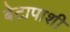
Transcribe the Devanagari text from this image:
बेटापाशी